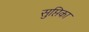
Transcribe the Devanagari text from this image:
सुप्तिका